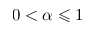
0 < \alpha \leqslant 1